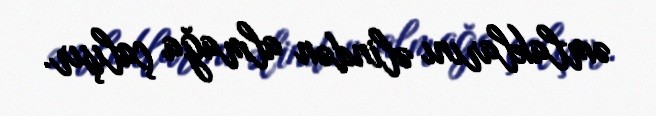
əmlaklarını əlindən almağa çalışır.